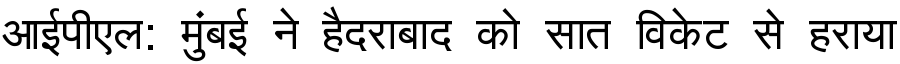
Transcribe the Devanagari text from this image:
आईपीएल: मुंबई ने हैदराबाद को सात विकेट से हराया